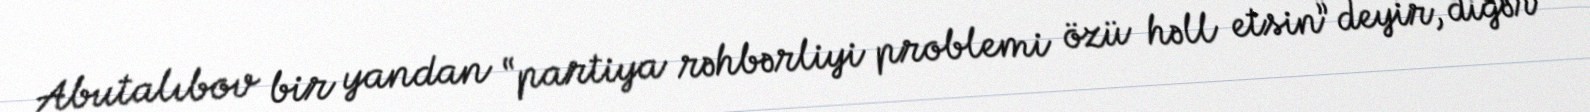
Abutalıbov bir yandan “partiya rəhbərliyi problemi özü həll etsin” deyir, digər